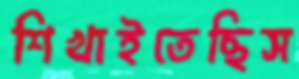
শিখাইতেছিস